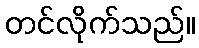
တင်လိုက်သည်။